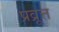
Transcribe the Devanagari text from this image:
प्रव्रूत्त